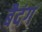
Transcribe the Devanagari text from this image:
बैदंग